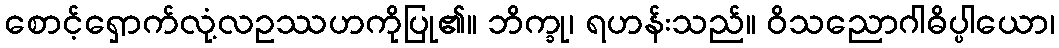
စောင့်ရှောက်လုံ့လဥဿဟကိုပြု၏။ ဘိက္ခု၊ ရဟန်းသည်။ ဝိသညောဂါဓိပ္ပါယော၊